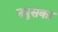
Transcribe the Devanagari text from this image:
नपुसका